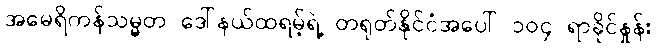
အမေရိကန်သမ္မတ ဒေါ်နယ်ထရမ့်ရဲ့ တရုတ်နိုင်ငံအပေါ် ၁၀၄ ရာခိုင်နှုန်း